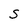
Character: S